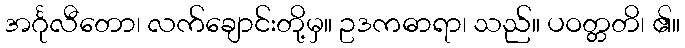
အင်္ဂုလီတော၊ လက်ချောင်းတို့မှ။ ဥဒကဓာရာ၊ သည်။ ပဝတ္တတိ၊ ၏။